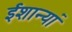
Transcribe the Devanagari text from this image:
ईशान्यां